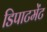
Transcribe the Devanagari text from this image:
डिपाटमेंट